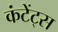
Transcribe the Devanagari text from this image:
कंटेंट्स